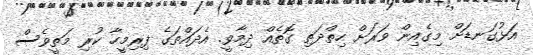
އަޅުގަނޑަށް މިގެއިން ވަރަށް ހިތްދަތި ގޮތެއް ދިމާވީ. އެދައްތަގެ ފިރިމީހާ ކުރި މަތީވެސް